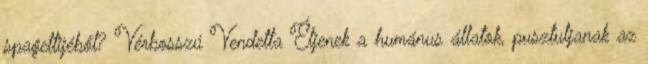
spagettijéből? Vérbosszú Vendetta Éljenek a humánus állatok, pusztuljanak az